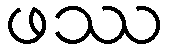
ဖဿ